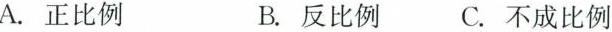
A. 正比例 B. 反比例 C. 不成比例